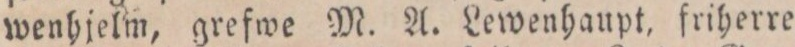
wenhjelm, grefwe M. A. Lewenhaupt, friherre